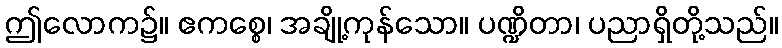
ဤလောက၌။ ဧကစ္စေ၊ အချို့ကုန်သော။ ပဏ္ဍိတာ၊ ပညာရှိတို့သည်။